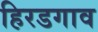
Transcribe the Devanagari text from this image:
हिरडगाव